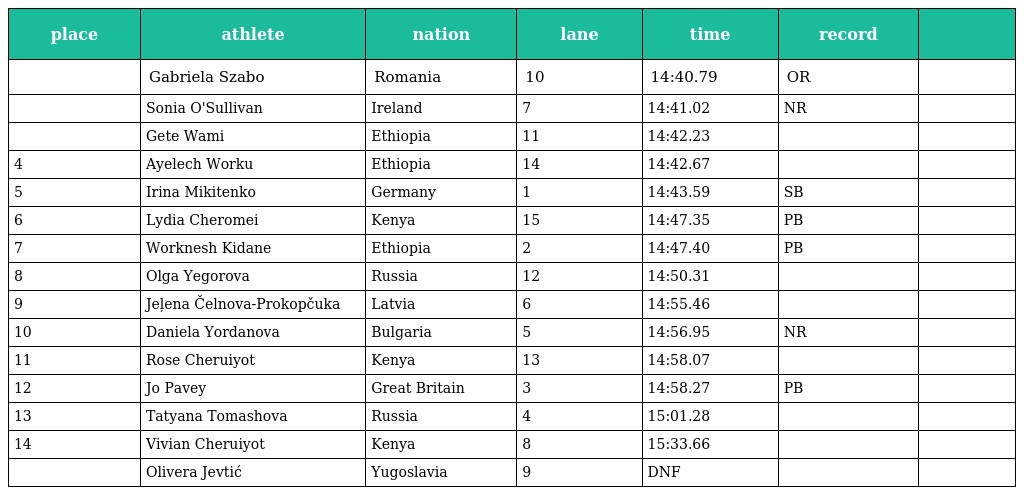
| place | athlete | nation | lane | time | record |  |
 | --- | --- | --- | --- | --- | --- | --- |
 |  | Gabriela Szabo | Romania | 10 | 14:40.79 | OR |  |
 |  | Sonia O'Sullivan | Ireland | 7 | 14:41.02 | NR |  |
 |  | Gete Wami | Ethiopia | 11 | 14:42.23 |  |  |
 | 4 | Ayelech Worku | Ethiopia | 14 | 14:42.67 |  |  |
 | 5 | Irina Mikitenko | Germany | 1 | 14:43.59 | SB |  |
 | 6 | Lydia Cheromei | Kenya | 15 | 14:47.35 | PB |  |
 | 7 | Worknesh Kidane | Ethiopia | 2 | 14:47.40 | PB |  |
 | 8 | Olga Yegorova | Russia | 12 | 14:50.31 |  |  |
 | 9 | Jeļena Čelnova-Prokopčuka | Latvia | 6 | 14:55.46 |  |  |
 | 10 | Daniela Yordanova | Bulgaria | 5 | 14:56.95 | NR |  |
 | 11 | Rose Cheruiyot | Kenya | 13 | 14:58.07 |  |  |
 | 12 | Jo Pavey | Great Britain | 3 | 14:58.27 | PB |  |
 | 13 | Tatyana Tomashova | Russia | 4 | 15:01.28 |  |  |
 | 14 | Vivian Cheruiyot | Kenya | 8 | 15:33.66 |  |  |
 |  | Olivera Jevtić | Yugoslavia | 9 | DNF |  |  |